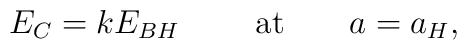
E_C=kE_{BH}\ \ \ \ \ \ \ {\rm at}\ \ \ \ \ \ a=a_H,